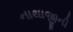
નાથાજીની